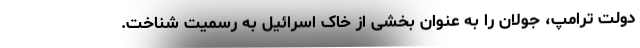
دولت ترامپ، جولان را به عنوان بخشی از خاک اسرائیل به رسمیت شناخت.